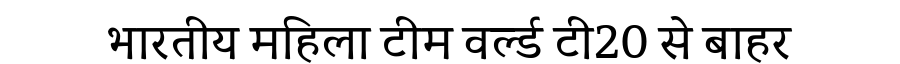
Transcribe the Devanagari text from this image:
भारतीय महिला टीम वर्ल्ड टी20 से बाहर